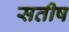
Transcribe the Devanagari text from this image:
सतीष